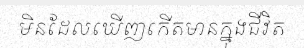
មិនដែលឃើញកើតមានក្នុងជីវិត